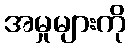
အမှုများကို